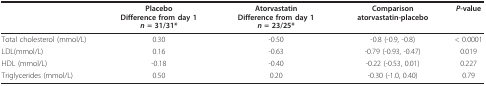
<table><thead><tr><td></td><td><b>PlaceboDifference from day 1 <i>n </i>= 31/31*</b></td><td><b>AtorvastatinDifference from day 1 <i>n </i>= 23/25*</b></td><td><b>Comparison atorvastatin-placebo</b></td><td><b><i>P</i>-value</b></td></tr></thead><tbody><tr><td>Total cholesterol (mmol/L)</td><td>0.30</td><td>-0.50</td><td>-0.8 (-0.9, -0.8)</td><td>&lt; 0.0001</td></tr><tr><td>LDL(mmol/L)</td><td>0.16</td><td>-0.63</td><td>-0.79 (-0.93, -0.47)</td><td>0.019</td></tr><tr><td>HDL (mmol/L)</td><td>-0.18</td><td>-0.40</td><td>-0.22 (-0.53, 0.01)</td><td>0.227</td></tr><tr><td>Triglycerides (mmol/L)</td><td>0.50</td><td>0.20</td><td>-0.30 (-1.0, 0.40)</td><td>0.79</td></tr></tbody></table>